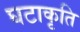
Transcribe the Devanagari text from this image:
घटाकृति